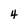
Character: 4